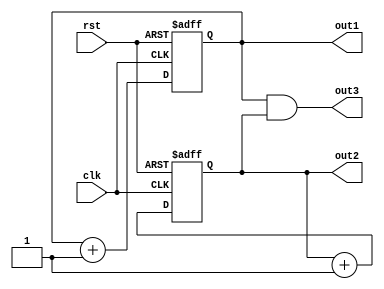
//// This is duty cycle code

module counterby2(clk, rst,out1,out2,out3);
input clk,rst;
output reg out1,out2;
output out3;
always @(posedge clk or posedge rst)
begin
if(rst)
out1<=0;
else
 out1<=out1+1;
end

always@(negedge clk or posedge rst)
begin
if(rst)
out2<=0;
else
 out2<=out2 + 1;
end
assign out3=(out1)&(out2);
endmodule